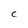
Character: C